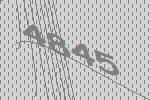
4845